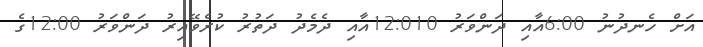
އަށް ހެނދުނު 6:00އާއި ދަންވަރު 12:010އާއި ދެމެދު ދަތުރު ކުރެވޭއިރު ދަންވަރު 12:00ގެ